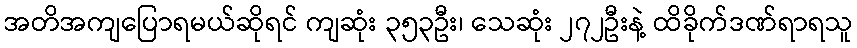
အတိအကျပြောရမယ်ဆိုရင် ကျဆုံး ၃၅၃ဦး၊ သေဆုံး ၂၇၂ဦးနဲ့ ထိခိုက်ဒဏ်ရာရသူ